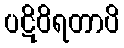
ပဋိဝိရတာပိ